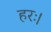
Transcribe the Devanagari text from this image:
हरः।